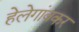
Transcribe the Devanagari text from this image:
हेलेगांवकर